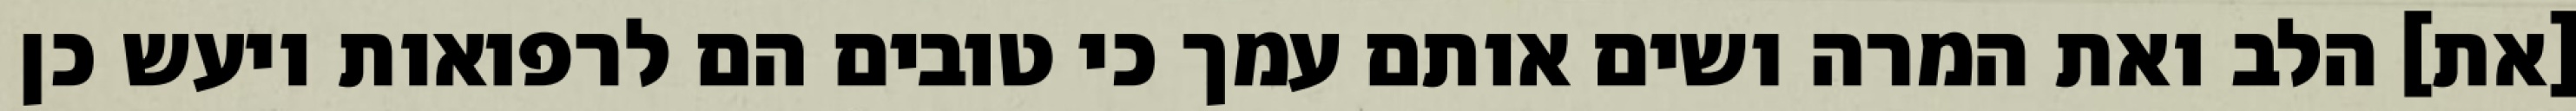
[את] הלב ואת המרה ושים אותם עמך כי טובים הם לרפואות ויעש כן